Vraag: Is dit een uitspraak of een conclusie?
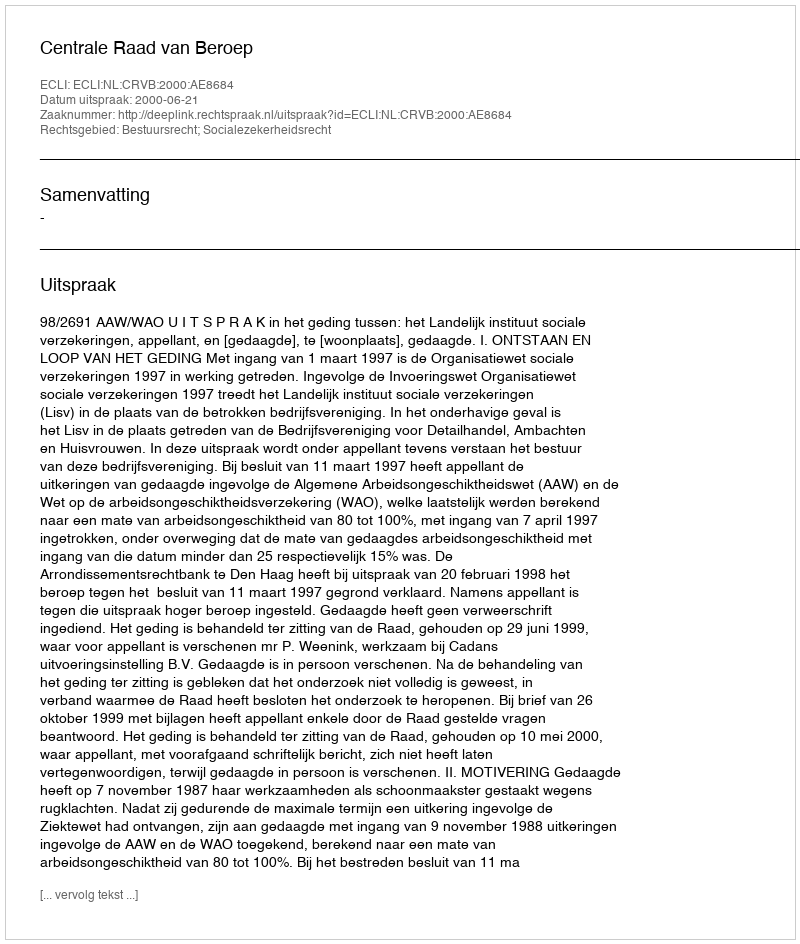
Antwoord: Uitspraak